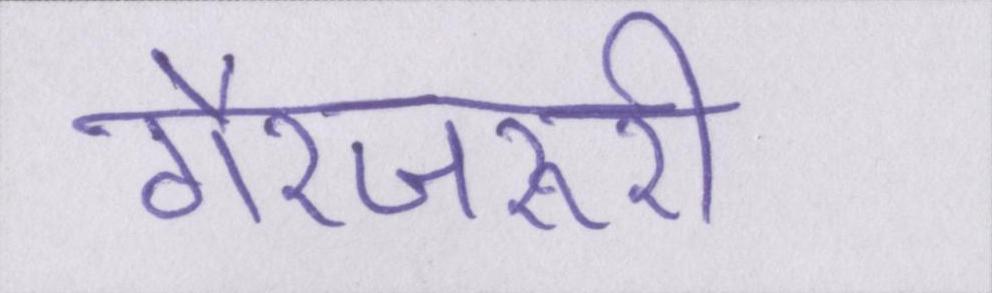
गैरजरूरी